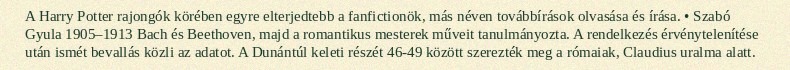
A Harry Potter rajongók körében egyre elterjedtebb a fanfictionök, más néven továbbírások olvasása és írása. • Szabó Gyula 1905–1913 Bach és Beethoven, majd a romantikus mesterek műveit tanulmányozta. A rendelkezés érvénytelenítése után ismét bevallás közli az adatot. A Dunántúl keleti részét 46-49 között szerezték meg a rómaiak, Claudius uralma alatt.